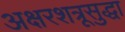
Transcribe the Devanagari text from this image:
अक्षरशत्रूसुद्धा